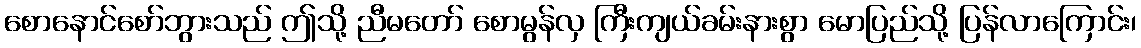
စောနောင်စော်ဘွားသည် ဤသို့ ညီမတော် စောမွန်လှ ကြီးကျယ်ခမ်းနားစွာ မောပြည်သို့ ပြန်လာကြောင်း၊